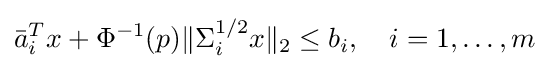
{\bar {a}}_{i}^{T}x+\Phi ^{-1}(p)\lVert \Sigma _{i}^{1/2}x\rVert _{2}\leq b_{i},\quad i=1,\dots ,m